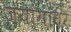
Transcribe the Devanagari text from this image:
जयांगाधर